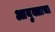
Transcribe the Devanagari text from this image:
आयुक्ताचा